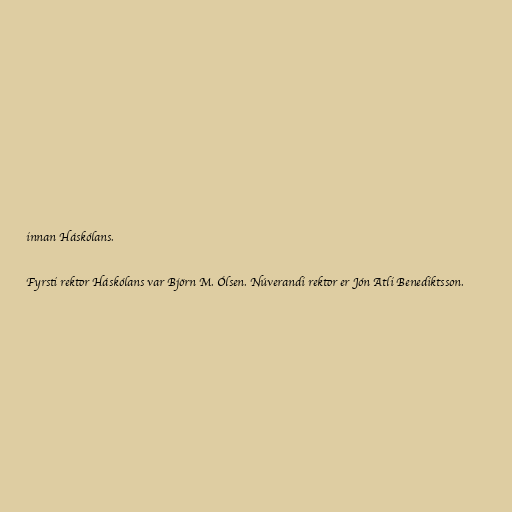
innan Háskólans.

Fyrsti rektor Háskólans var Björn M. Ólsen. Núverandi rektor er Jón Atli Benediktsson.